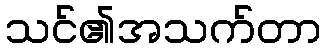
သင်၏အသက်တာ